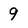
Character: 9